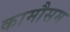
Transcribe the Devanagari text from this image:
कामौसम